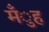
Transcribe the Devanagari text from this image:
मँुह